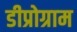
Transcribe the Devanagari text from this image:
डीप्रोग्राम